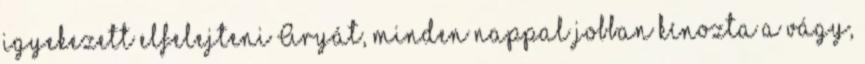
igyekezett elfelejteni Aryát, minden nappal jobban kínozta a vágy,